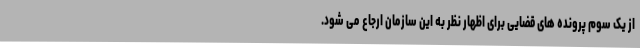
از یک سوم پرونده های قضایی برای اظهار نظر به این سازمان ارجاع می شود.